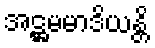
အဋ္ဌမမာဒိယန္တိ